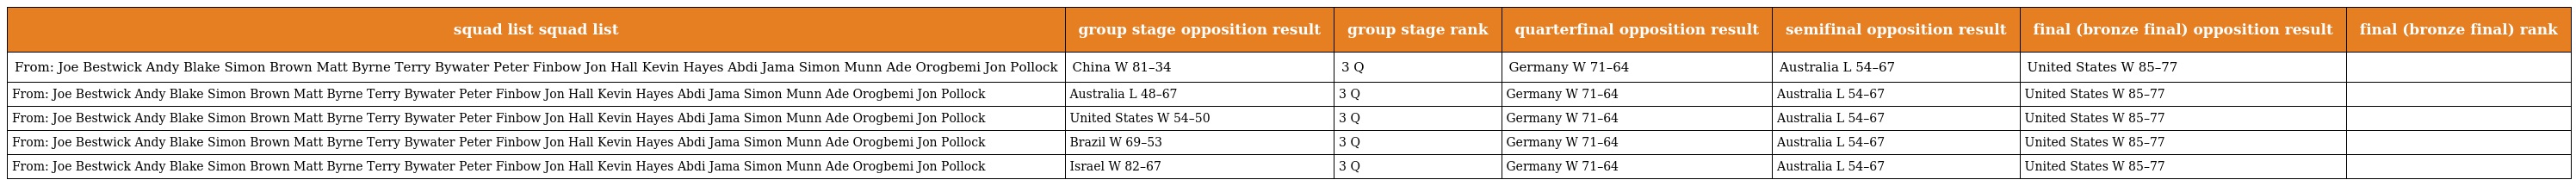
| squad list squad list | group stage opposition result | group stage rank | quarterfinal opposition result | semifinal opposition result | final (bronze final) opposition result | final (bronze final) rank |
 | --- | --- | --- | --- | --- | --- | --- |
 | From: Joe Bestwick Andy Blake Simon Brown Matt Byrne Terry Bywater Peter Finbow Jon Hall Kevin Hayes Abdi Jama Simon Munn Ade Orogbemi Jon Pollock | China W 81–34 | 3 Q | Germany W 71–64 | Australia L 54–67 | United States W 85–77 |  |
 | From: Joe Bestwick Andy Blake Simon Brown Matt Byrne Terry Bywater Peter Finbow Jon Hall Kevin Hayes Abdi Jama Simon Munn Ade Orogbemi Jon Pollock | Australia L 48–67 | 3 Q | Germany W 71–64 | Australia L 54–67 | United States W 85–77 |  |
 | From: Joe Bestwick Andy Blake Simon Brown Matt Byrne Terry Bywater Peter Finbow Jon Hall Kevin Hayes Abdi Jama Simon Munn Ade Orogbemi Jon Pollock | United States W 54–50 | 3 Q | Germany W 71–64 | Australia L 54–67 | United States W 85–77 |  |
 | From: Joe Bestwick Andy Blake Simon Brown Matt Byrne Terry Bywater Peter Finbow Jon Hall Kevin Hayes Abdi Jama Simon Munn Ade Orogbemi Jon Pollock | Brazil W 69–53 | 3 Q | Germany W 71–64 | Australia L 54–67 | United States W 85–77 |  |
 | From: Joe Bestwick Andy Blake Simon Brown Matt Byrne Terry Bywater Peter Finbow Jon Hall Kevin Hayes Abdi Jama Simon Munn Ade Orogbemi Jon Pollock | Israel W 82–67 | 3 Q | Germany W 71–64 | Australia L 54–67 | United States W 85–77 |  |